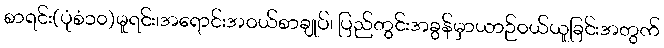
စာရင်း(ပုံစံ၁၀)မူရင်း၊အရောင်းအဝယ်စာချုပ်၊ ပြည်တွင်းအခွန်မှာယာဉ်ဝယ်ယူခြင်းအတွက်